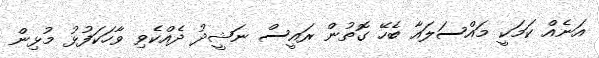
އަނެއް ކަމަކީ މައްސަލައާ ބެހޭ ގޮތުން ރައީސް ނަޝީދު ދެއްކެވި ވާހަކަފުޅު މުޅިން